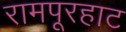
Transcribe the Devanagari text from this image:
रामपूरहाट